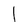
Character: l